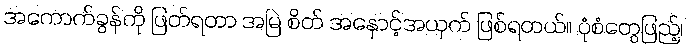
အကောက်ခွန်ကို ဖြတ်ရတာ အမြဲ စိတ် အနှောင့်အယှက် ဖြစ်ရတယ်။ ပုံစံတွေဖြည့်၊